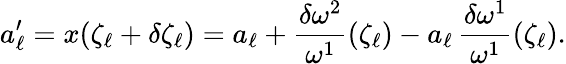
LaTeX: a_{\ell}^{\prime}=x(\zeta_{\ell}+\delta\zeta_{\ell})=a_{\ell}+\frac{\delta\omega^{2}}{\omega^{1}}(\zeta_{\ell})-a_{\ell}\, \frac{\delta\omega^{1}}{\omega^{1}}(\zeta_{\ell}).